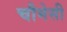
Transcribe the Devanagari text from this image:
चौमेसी